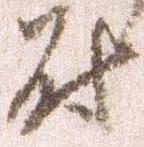
尉